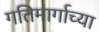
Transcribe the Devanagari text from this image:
गतिमार्गाच्या